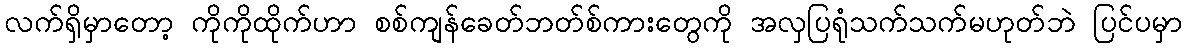
လက်ရှိမှာတော့ ကိုကိုထိုက်ဟာ စစ်ကျန်ခေတ်ဘတ်စ်ကားတွေကို အလှပြရုံသက်သက်မဟုတ်ဘဲ ပြင်ပမှာ